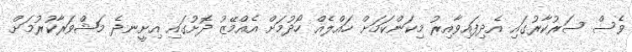
ވެސް ސަރުކާރުގައި އެދިފައިވާއިރު މިކަންކަމަށް ހައްލެއް ހޯދުމަށް އެއްމޭޒު ދޮށުގައި އިށީނދެ މަޝްވަރާކުރުމަށް